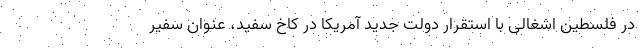
در فلسطین اشغالی با استقرار دولت جدید آمریکا در کاخ سفید، عنوان سفیر